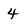
Character: 4